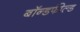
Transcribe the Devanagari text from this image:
बॉन्डफील्ड